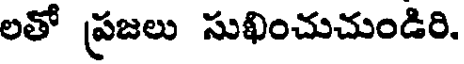
లతో ప్రజలు సుఖించుచుండిరి.